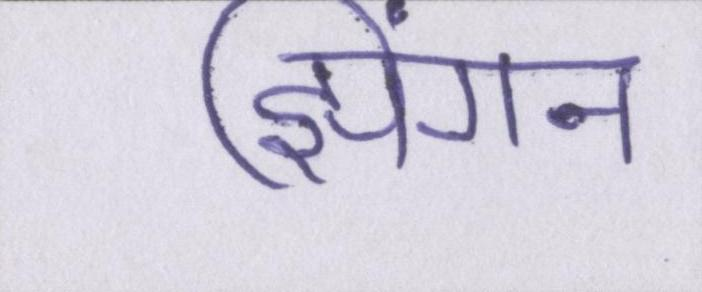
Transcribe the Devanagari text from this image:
झिंगन